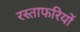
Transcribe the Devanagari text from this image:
रस्ताफरियों